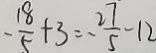
- \frac { 1 8 } { 5 } + 3 = - \frac { 2 7 } { 5 } - 1 2